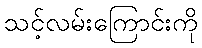
သင့်လမ်းကြောင်းကို